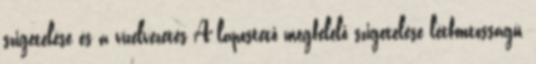
szigetelése és a vízelvezetés A lapostető megfelelő szigetelése létfontosságú,